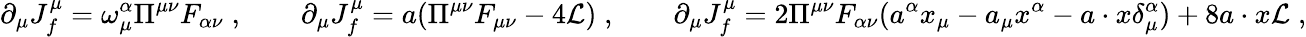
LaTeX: \partial_{\mu}J_{f}^{\mu}=\omega_{\mu}^{\alpha}\Pi^{\mu\nu}F_{\alpha\nu}\; ,\quad\quad\partial_{\mu}J_{f}^{\mu}=a(\Pi^{\mu\nu}F_{\mu\nu}-4{\cal L})\; ,\quad\quad\partial_{\mu}J_{f}^{\mu}=2\Pi^{\mu\nu}F_{\alpha\nu}(a^{\alpha}x_{\mu}-a_{\mu}x^{\alpha}-a\cdot x\delta_{\mu}^{\alpha})+8a\cdot x{\cal L}\; ,